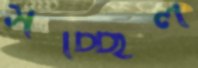
সচ্ছিল